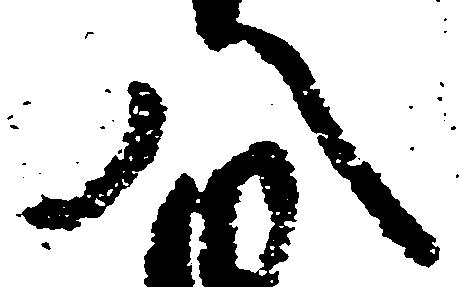
八